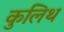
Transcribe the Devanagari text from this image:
कुलिथ